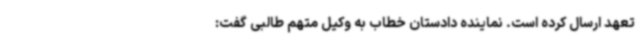
تعهد ارسال کرده‌ است. نماینده دادستان خطاب به وکیل متهم طالبی گفت: